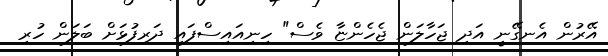
އޭރުން އެނގޭނީ އަދި ޖަހާލަން ޖެހެންޏާ ވެސް" ހިނިއައިސްފައި ދަރިފުޅަށް ބަލަން ހުރި